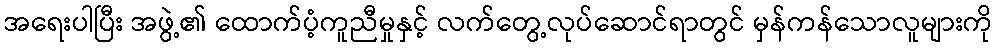
အရေးပါပြီး အဖွဲ့၏ ထောက်ပံ့ကူညီမှုနှင့် လက်တွေ့လုပ်ဆောင်ရာတွင် မှန်ကန်သောလူများကို